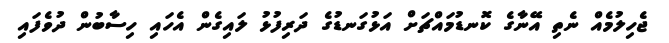
ޖެހިލުމެއް ނެތި އޭނާގެ ކޮނޑުމައްޗަށް އަޅުގަނޑުގެ ދަރިފުޅު ލައިގެން އެހައި ހިސާބުން ދުވެފައި